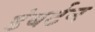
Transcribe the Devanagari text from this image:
डंबर्टन